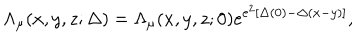
\Lambda _ { \mu } ( x , y , z ; \Delta ) = \Lambda _ { \mu } ( x , y , z ; 0 ) e ^ { e ^ { 2 } \left[ \Delta ( 0 ) - \Delta ( x - y ) \right] } ,